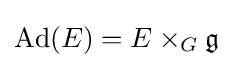
\operatorname {Ad} (E)=E\times _{G}{\mathfrak {g}}